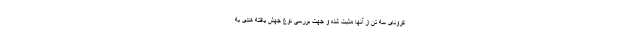
کرونای سه تَن از آنها مثبت شده و جهت بررسی نوع جهش یافته هندی به